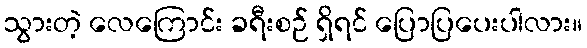
သွားတဲ့ လေကြောင်း ခရီးစဉ် ရှိရင် ပြောပြပေးပါလား။